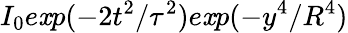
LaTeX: I_{0}e\mathit{x}p(-2t^{2}/\tau^{2})e\mathit{x}p(-y^{4}/R^{4})